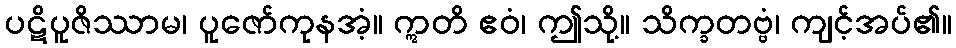
ပဋိပူဇိဿာမ၊ ပူဇော်ကုနအံ့။ ဣတိ ဧဝံ၊ ဤသို့။ သိက္ခတဗ္ဗံ၊ ကျင့်အပ်၏။